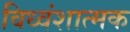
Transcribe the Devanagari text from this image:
विध्वंशात्मक